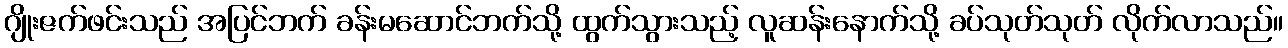
ဂျိုးဇက်ဖင်းသည် အပြင်ဘက် ခန်းမဆောင်ဘက်သို့ ထွက်သွားသည့် လူဆန်းနောက်သို့ ခပ်သုတ်သုတ် လိုက်လာသည်။